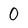
Character: 0